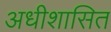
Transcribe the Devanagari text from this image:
अधीशासित